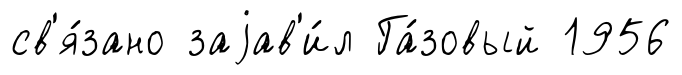
св'я́зано заjав'и́л Га́зовый 1956